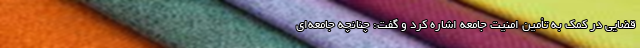
قضایی در کمک به تأمین امنیت جامعه اشاره کرد و گفت: چنانچه جامعه‌ای